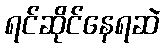
ရင်ဆိုင်နေရဆဲ